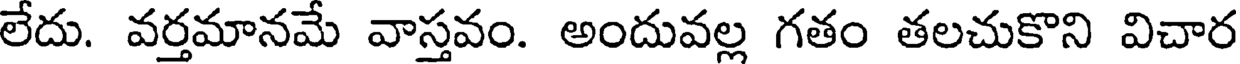
లేదు. వర్తమానమే వాస్తవం. అందువల్ల గతం తలచుకొని విచార